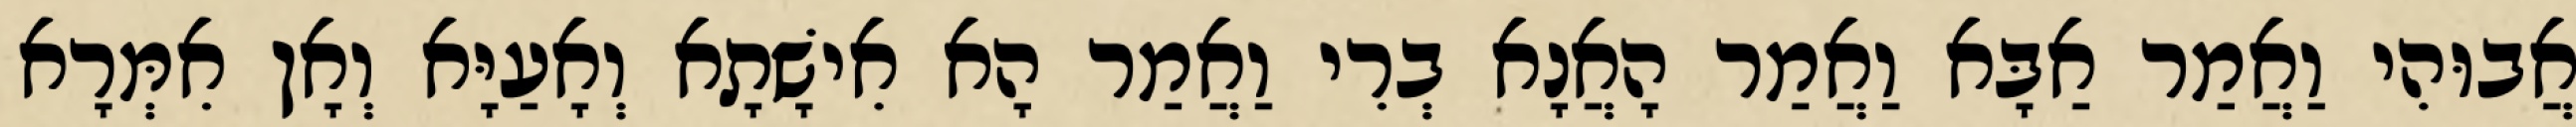
אֲבוּהִי וַאֲמַר אַבָּא וַאֲמַר הָאֲנָא בְרִי וַאֲמַר הָא אִישָׁתָא וְאָעַיָּא וְאָן אִמְּרָא